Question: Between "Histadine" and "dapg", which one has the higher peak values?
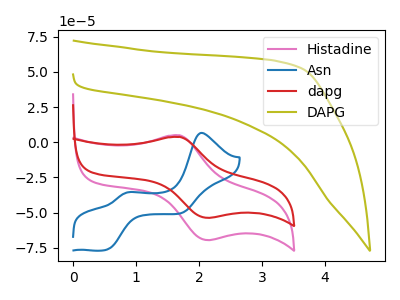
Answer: <think>The pink curve "Histadine" has an anodic peak at (1.70V, 4.95uA) and a cathodic peak at (2.15V, -69.50uA). The blue curve "Asn" has anodic peaks at (2.05V, 6.65uA) (0.90V, -35.40uA) and cathodic peaks at (0.55V, -76.15uA) (1.70V, -50.25uA). The red curve "dapg" has an anodic peak at (1.70V, 3.80uA) and a cathodic peak at (2.15V, -53.70uA). The olive curve "DAPG" has no peaks.</think>
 <answer>Every peak in "Histadine" is higher than every peak in "dapg".</answer>
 <eval>higher</eval>